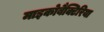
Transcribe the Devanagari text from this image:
माइकोबैक्टिरिया